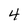
Character: 4